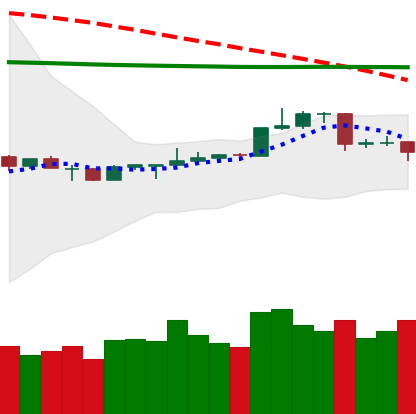
Ticker: LTC-USD
Chart end date: 2020-04-13
Forward return: 7.666%
Label: up_7plus